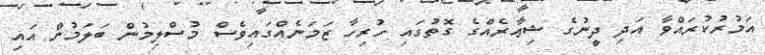
އަމުރުކުރައްވާ އަދި ދީނުގެ ޝިޢާރެއްގެ ގޮތުގައި ހުރިހާ ޒަމަނެއްގައިވެސް މުސްލިމުން ބަލަމުން އައި